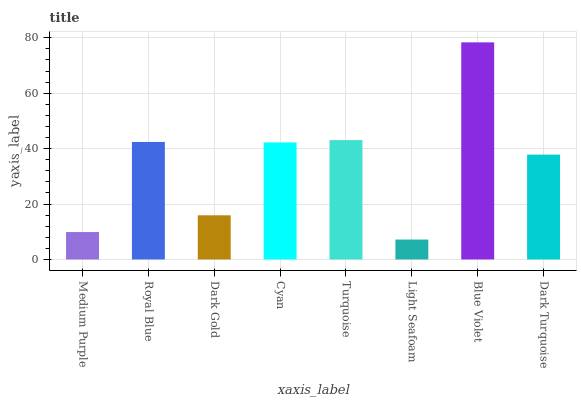
| xaxis_label | bars |
 | --- | --- |
 | Medium Purple | 9.89 |
 | Royal Blue | 42.4 |
 | Dark Gold | 15.9 |
 | Cyan | 42.2 |
 | Turquoise | 43.1 |
 | Light Seafoam | 7.19 |
 | Blue Violet | 78.4 |
 | Dark Turquoise | 37.8 |